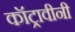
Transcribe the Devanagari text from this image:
कॉट्रावीनी